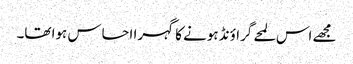
مجھے اس لمحے گراؤنڈ ہونے کا گہرا احساس ہوا تھا۔